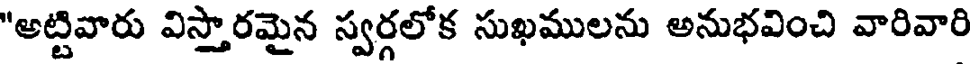
"అట్టివారు విస్తారమైన స్వర్గలోక సుఖములను అనుభవించి వారివారి